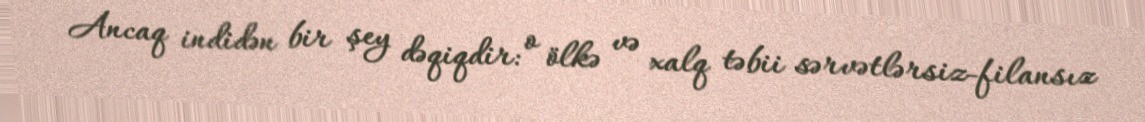
Ancaq indidən bir şey dəqiqdir: o ölkə və xalq təbii sərvətlərsiz-filansız